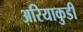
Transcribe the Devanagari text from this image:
अरियाकुडी